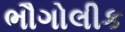
ભૌગોલીક